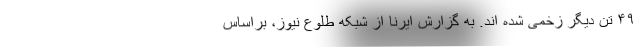
۴۹ تن دیگر زخمی شده ‌اند. به گزارش ایرنا از شبکه طلوع نیوز، براساس